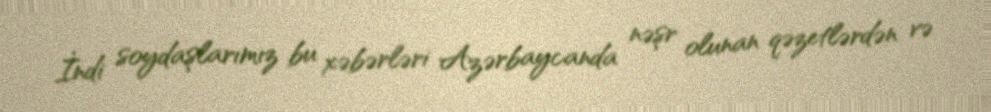
İndi soydaşlarımız bu xəbərləri Azərbaycanda nəşr olunan qəzetlərdən və